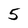
Character: 5